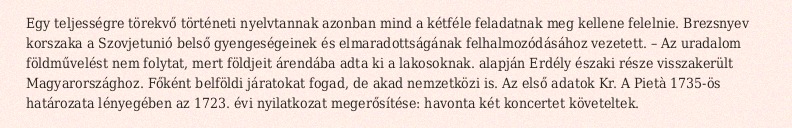
Egy teljességre törekvő történeti nyelvtannak azonban mind a kétféle feladatnak meg kellene felelnie. Brezsnyev korszaka a Szovjetunió belső gyengeségeinek és elmaradottságának felhalmozódásához vezetett. – Az uradalom földművelést nem folytat, mert földjeit árendába adta ki a lakosoknak. alapján Erdély északi része visszakerült Magyarországhoz. Főként belföldi járatokat fogad, de akad nemzetközi is. Az első adatok Kr. A Pietà 1735-ös határozata lényegében az 1723. évi nyilatkozat megerősítése: havonta két koncertet követeltek.